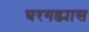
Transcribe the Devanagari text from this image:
घरगड्यास